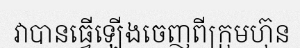
វាបានធ្វើឡើងចេញពីក្រុមហ៊ុន